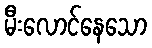
မီးလောင်နေသော